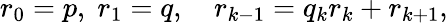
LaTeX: r_{0}=p,\; r_{1}=q,\quad r_{k-1}=q_{k}r_{k}+r_{k+1},